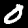
Digit: 0